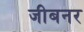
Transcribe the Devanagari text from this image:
जीबनर